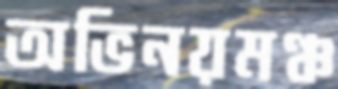
অভিনয়মঞ্চ